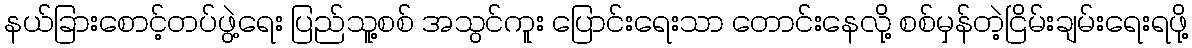
နယ်ခြားစောင့်တပ်ဖွဲ့ရေး ပြည်သူ့စစ် အသွင်ကူး ပြောင်းရေးသာ တောင်းနေလို့ စစ်မှန်တဲ့ငြိမ်းချမ်းရေးရဖို့